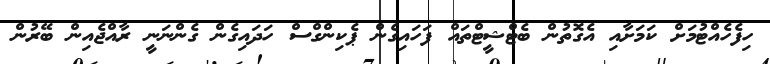
ހިފެހެއްޓުމަށް ކަމަށާއި އެގޮތުން ބެޓްޝީޓްތައް ފަހައިގެން ޕެކިންގްސް ހަދައިގެން ގެންނަނީ ރާއްޖެއިން ބޭރުން